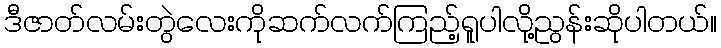
ဒီဇာတ်လမ်းတွဲလေးကိုဆက်လက်ကြည့်ရူပါလို့ညွန်းဆိုပါတယ်။